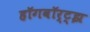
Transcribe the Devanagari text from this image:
हॉगवॉर्ट्झ